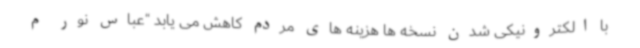
با الکترونیکی شدن نسخه ها هزینه های مردم کاهش می یابد “عباس نور م